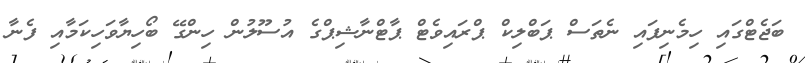
ބަޖެޓްގައި ހިމެނިފައި ނެތަސް ޕަބްލިކް ޕްރައިވެޓް ޕާޓްނާޝިޕްގެ އުސޫލުން ހިންގޭ ބޯހިޔާވަހިކަމާއި ފެނާ